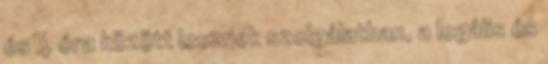
és 4 óra között lesznek szolgálatban, a legális és